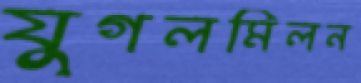
যুগলমিলন